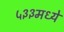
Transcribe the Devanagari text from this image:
५३३मध्ये